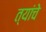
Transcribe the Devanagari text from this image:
त्यांंचेे